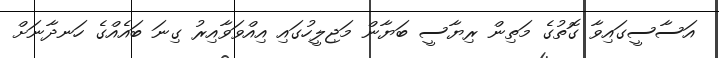
އަސާސީގައިވާ ގޮތުގެ މަތިން ރިޔާސީ ބަޔާން މަޖިލީހުގައި އިއްވަވާއިރު ގިނަ ބައެއްގެ ހަނދާނަށް